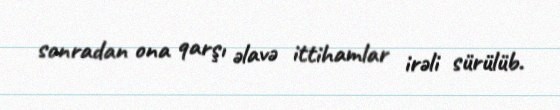
sonradan ona qarşı əlavə ittihamlar irəli sürülüb.